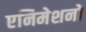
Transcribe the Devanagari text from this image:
एनिमेशनों